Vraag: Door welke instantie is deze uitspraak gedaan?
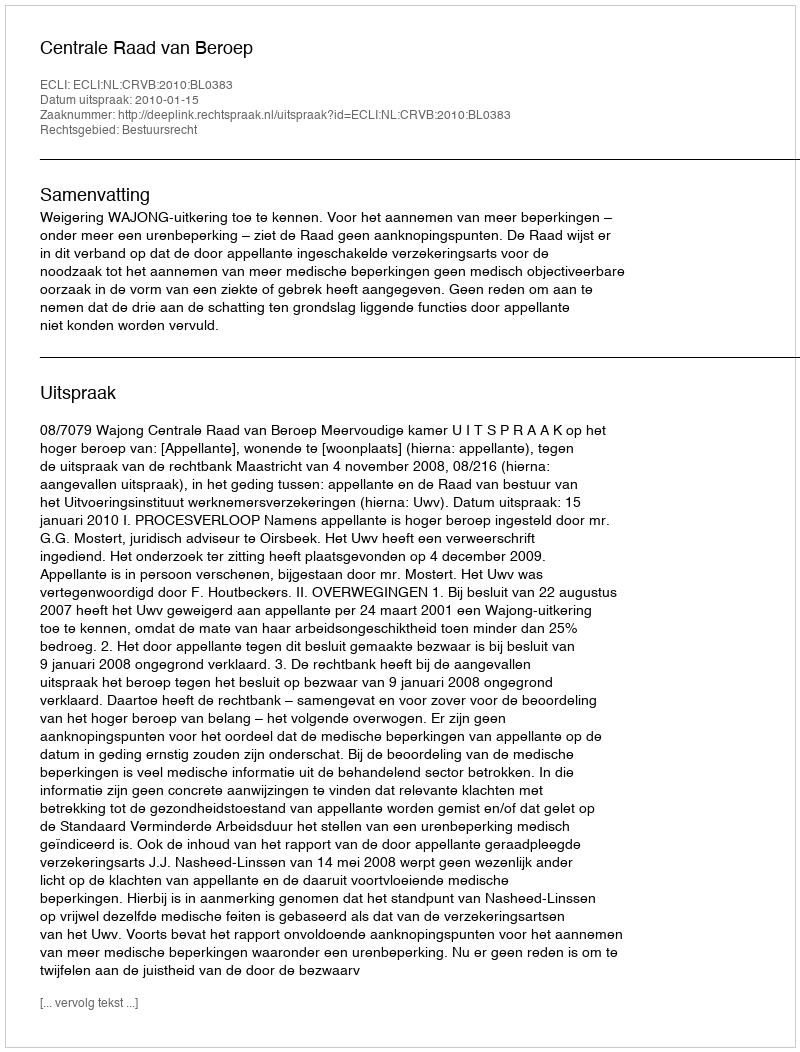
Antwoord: Centrale Raad van Beroep